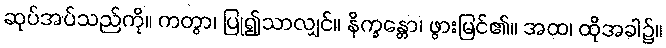
ဆုပ်အပ်သည်ကို။ ကတွာ၊ ပြု၍သာလျှင်။ နိက္ခန္တော၊ ဖွားမြင်၏။ အထ၊ ထိုအခါ၌။